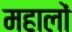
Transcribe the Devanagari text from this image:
महालों